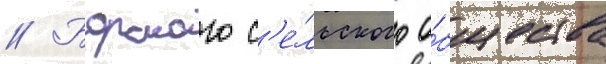
// Борского с'е́льского о́бщества